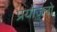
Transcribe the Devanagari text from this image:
प्रयोजनो